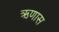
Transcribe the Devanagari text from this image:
ऋणास